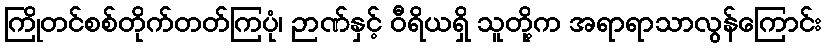
ကြိုတင်စစ်တိုက်တတ်ကြပုံ၊ ဉာဏ်နှင့် ဝီရိယရှိ သူတို့က အရာရာသာလွန်ကြောင်း